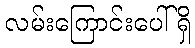
လမ်းကြောင်းပေါ်ရှိ